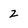
Character: 2